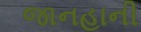
જાનહાની